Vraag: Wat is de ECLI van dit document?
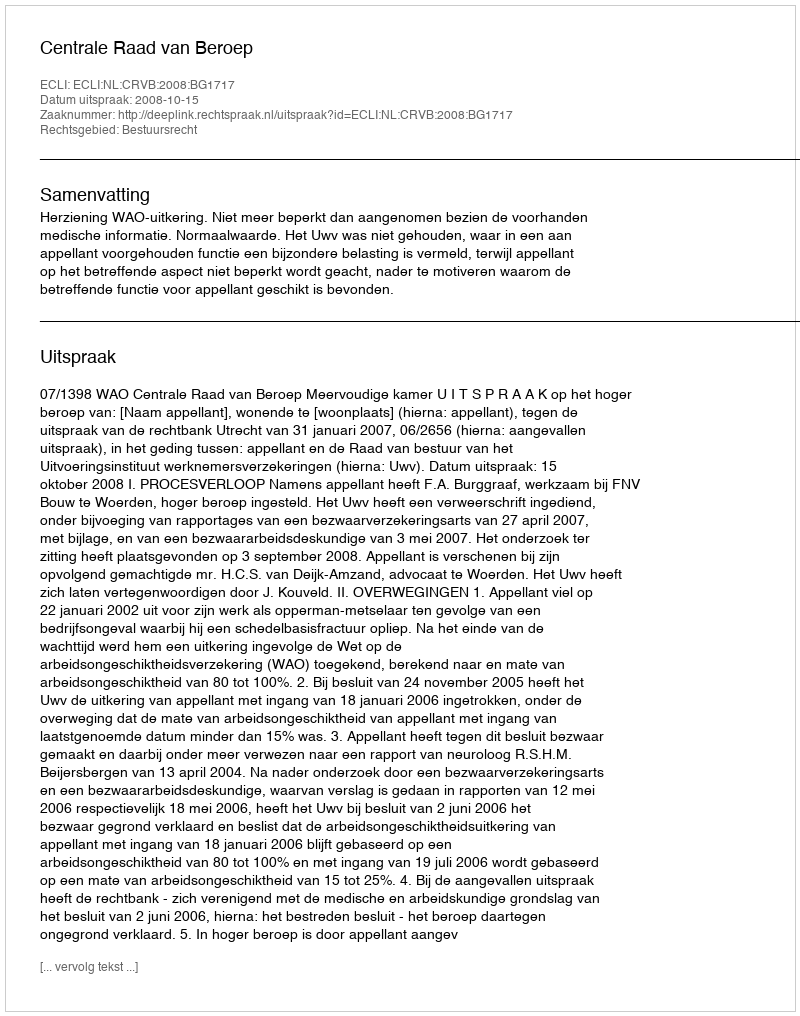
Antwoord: ECLI:NL:CRVB:2008:BG1717